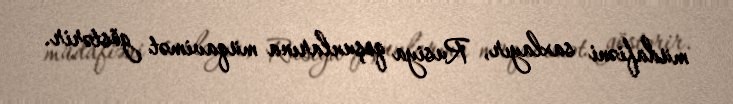
müdafiəni saxlayır, Rusiya qoşunlarına müqavimət göstərir.